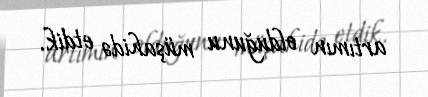
artımın olduğunu müşahidə etdik.